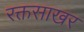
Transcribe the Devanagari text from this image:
रक्तसाखर